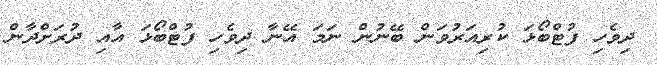
ދިވެހި ފުޓްބޯޅަ ކުރިއަރުވަން ބޭނުން ނަމަ އޭނާ ދިވެހި ފުޓްބޯޅަ އާއި ދުރަށްދާން